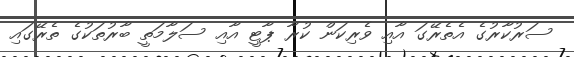
ސަރުކާރުގެ އެތެރޭގަ އާއި ވެރިކަން ކުރާ ޕާޓީ އާއި ސަލާމަތީ ބާރުތަކުގެ ތެރޭގައި